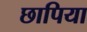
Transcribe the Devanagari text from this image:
छापिया